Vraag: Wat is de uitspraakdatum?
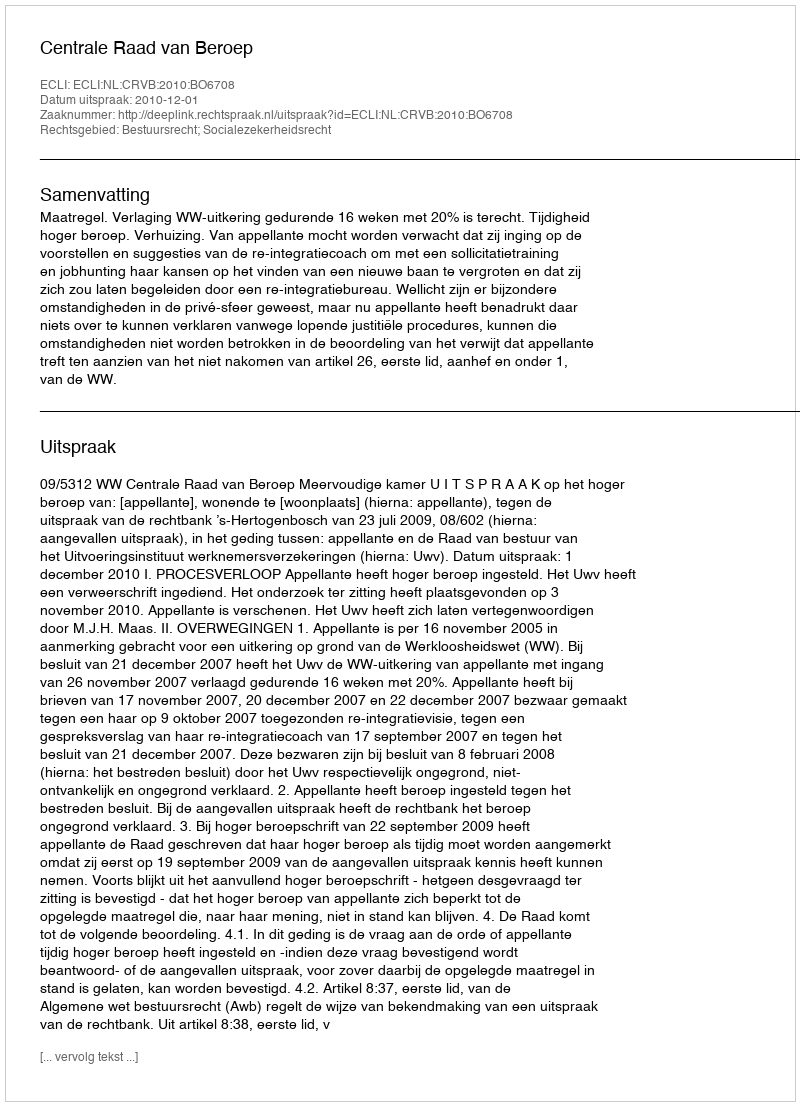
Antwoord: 2010-12-01